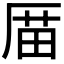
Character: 𠪄